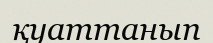
қуаттанып